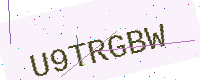
Text: U9TRGBW